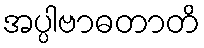
အပ္ပါဗာဓတာတိ